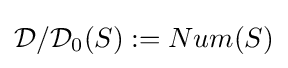
{\mathcal {D}}/{\mathcal {D}}_{0}(S):=Num(S)